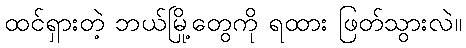
ထင်ရှားတဲ့ ဘယ်မြို့တွေကို ရထား ဖြတ်သွားလဲ။